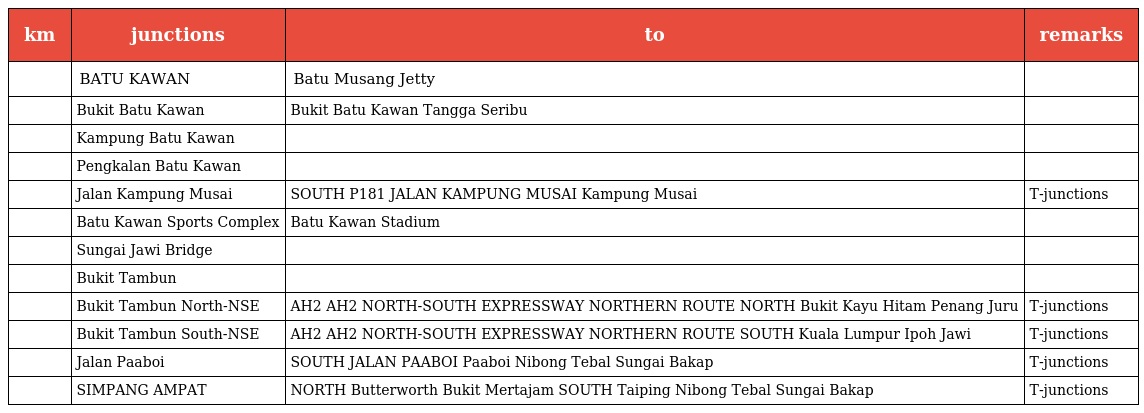
| km | junctions | to | remarks |
 | --- | --- | --- | --- |
 |  | BATU KAWAN | Batu Musang Jetty |  |
 |  | Bukit Batu Kawan | Bukit Batu Kawan Tangga Seribu |  |
 |  | Kampung Batu Kawan |  |  |
 |  | Pengkalan Batu Kawan |  |  |
 |  | Jalan Kampung Musai | SOUTH P181 JALAN KAMPUNG MUSAI Kampung Musai | T-junctions |
 |  | Batu Kawan Sports Complex | Batu Kawan Stadium |  |
 |  | Sungai Jawi Bridge |  |  |
 |  | Bukit Tambun |  |  |
 |  | Bukit Tambun North-NSE | AH2 AH2 NORTH-SOUTH EXPRESSWAY NORTHERN ROUTE NORTH Bukit Kayu Hitam Penang Juru | T-junctions |
 |  | Bukit Tambun South-NSE | AH2 AH2 NORTH-SOUTH EXPRESSWAY NORTHERN ROUTE SOUTH Kuala Lumpur Ipoh Jawi | T-junctions |
 |  | Jalan Paaboi | SOUTH JALAN PAABOI Paaboi Nibong Tebal Sungai Bakap | T-junctions |
 |  | SIMPANG AMPAT | NORTH Butterworth Bukit Mertajam SOUTH Taiping Nibong Tebal Sungai Bakap | T-junctions |